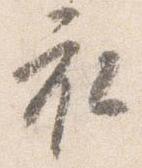
衣